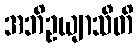
အဘိဥယျာသီတိ